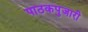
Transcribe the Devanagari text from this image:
पाठकपुजारी